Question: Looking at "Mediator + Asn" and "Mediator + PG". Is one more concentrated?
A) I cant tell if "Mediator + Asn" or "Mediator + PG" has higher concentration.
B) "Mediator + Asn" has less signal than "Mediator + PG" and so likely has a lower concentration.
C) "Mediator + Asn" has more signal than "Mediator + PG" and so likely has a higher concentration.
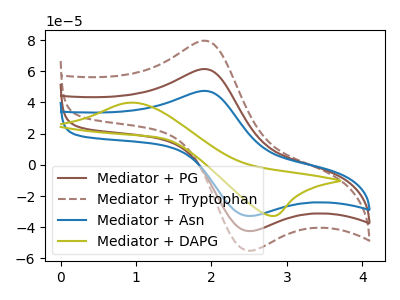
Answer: <think>The brown curve "Mediator + PG" has an anodic peak at (1.90V, 61.45uA) and a cathodic peak at (2.45V, -42.10uA). The brown dashed curve "Mediator + Tryptophan" has an anodic peak at (1.90V, 122.95uA) and a cathodic peak at (2.45V, -84.15uA). The blue curve "Mediator + Asn" has an anodic peak at (1.90V, 47.45uA) and a cathodic peak at (2.45V, -32.50uA). The olive curve "Mediator + DAPG" has an anodic peak at (0.90V, 39.90uA) and a cathodic peak at (2.85V, -32.75uA).
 All the peaks in "Mediator + Asn" have a peak in "Mediator + PG" at the same potential. Every peak in "Mediator + Asn" is lower than every peak in "Mediator + PG".</think>
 <answer>B) "Mediator + Asn" has less signal than "Mediator + PG" and so likely has a lower concentration.</answer>
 <eval>B</eval>